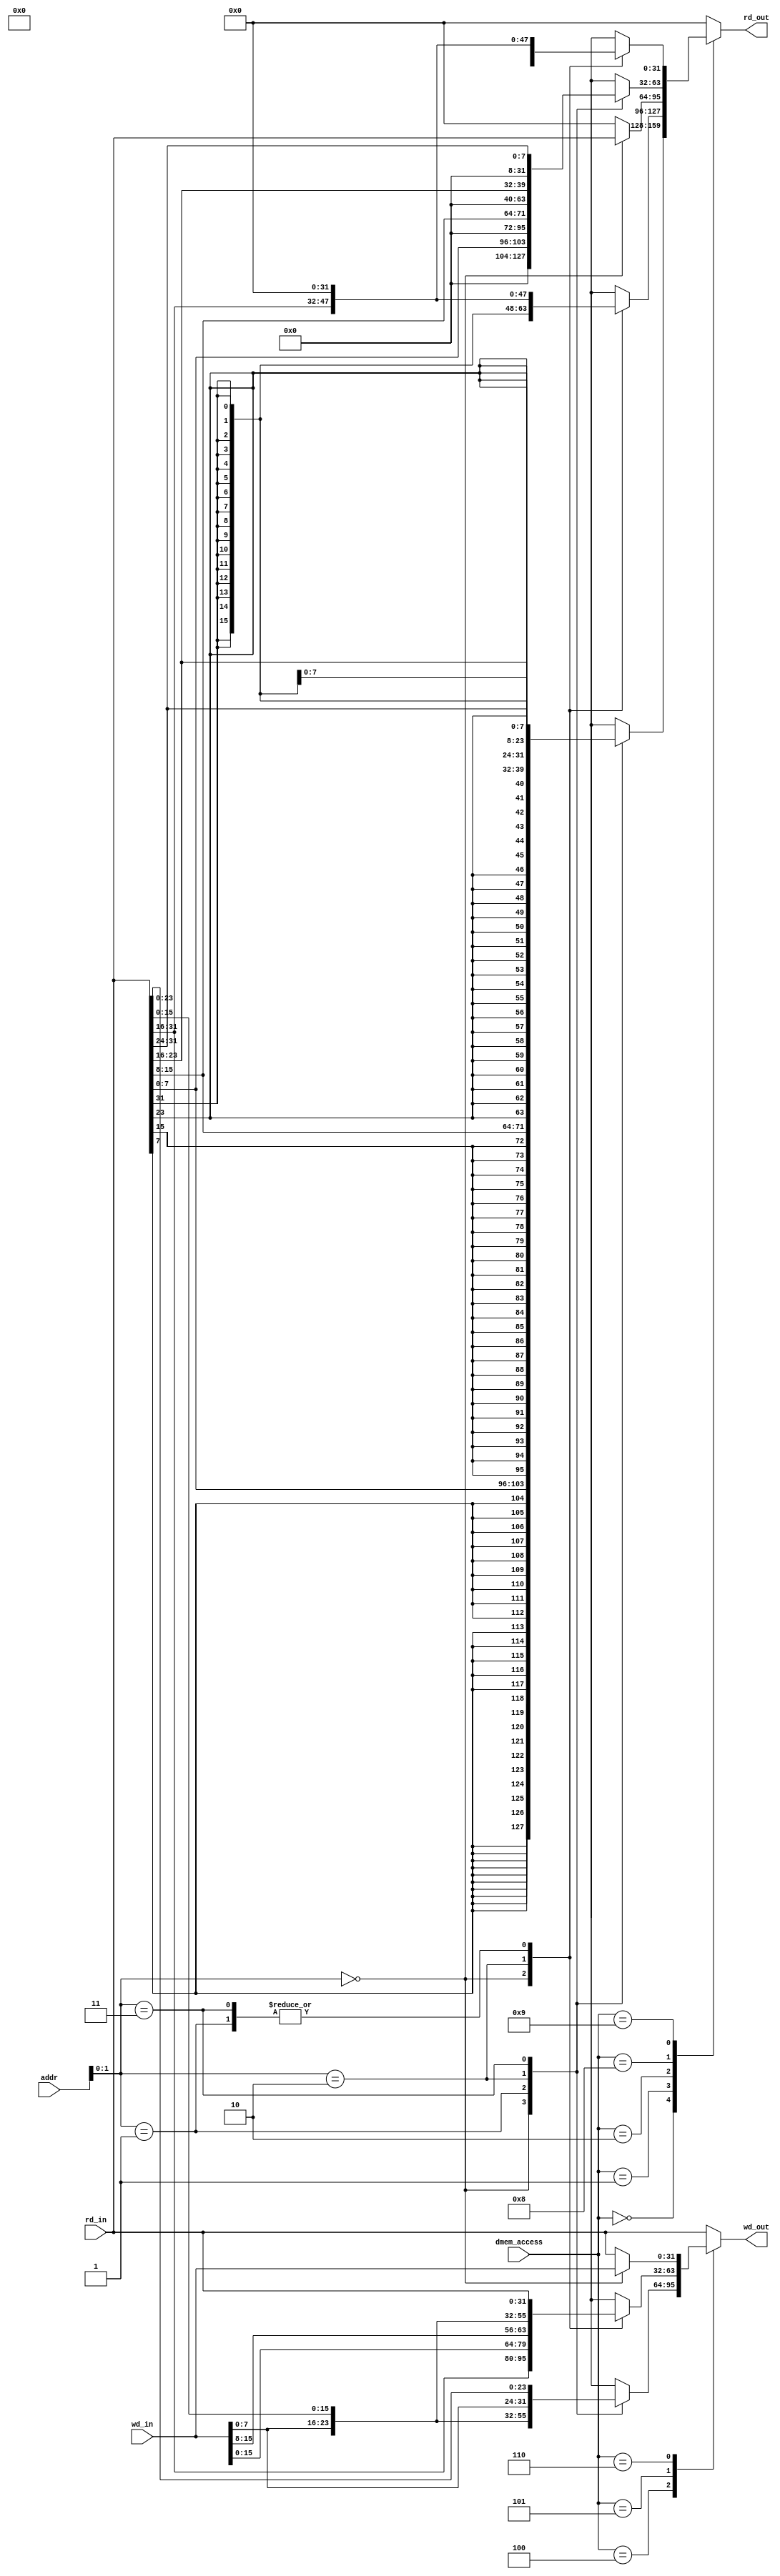
`define LD_B_D    4'b0000
`define LD_H_D    4'b0001
`define LD_W_D    4'b0010
`define ST_B_D    4'b0100
`define ST_H_D    4'b0101
`define ST_W_D    4'b0110
`define LD_BU_D   4'b1000
`define LD_HU_D   4'b1001

module SL_UNIT (
    input                   [31 : 0]                addr,
    input                   [ 3 : 0]                dmem_access,

    input                   [31 : 0]                rd_in,
    input                   [31 : 0]                wd_in,

    output      reg         [31 : 0]                rd_out,
    output      reg         [31 : 0]                wd_out
);
    //
    always @(*) begin
        case (dmem_access)
            `LD_B_D: case(addr[1:0])
                2'b00:rd_out = {{24{rd_in[ 7]}},rd_in[ 7: 0]};
                2'b01:rd_out = {{24{rd_in[15]}},rd_in[15: 8]};
                2'b10:rd_out = {{24{rd_in[23]}},rd_in[23:16]};
                2'b11:rd_out = {{24{rd_in[31]}},rd_in[31:24]};
            endcase
            `LD_H_D: case(addr[1:0])
                2'b00:rd_out = {{16{rd_in[15]}},rd_in[15: 0]};
                2'b01:rd_out = 32'b0;
                2'b10:rd_out = {{16{rd_in[31]}},rd_in[31:16]};
                2'b11:rd_out = 32'b0;
            endcase
            `LD_W_D: rd_out = (addr[1:0]==2'b0)?rd_in:32'b0;
            `LD_BU_D: case(addr[1:0])
                2'b00:rd_out = {24'b0,rd_in[ 7: 0]};
                2'b01:rd_out = {24'b0,rd_in[15: 8]};
                2'b10:rd_out = {24'b0,rd_in[23:16]};
                2'b11:rd_out = {24'b0,rd_in[31:24]};
            endcase
            `LD_HU_D: case(addr[1:0])
                2'b00:rd_out = {16'b0,rd_in[15: 0]};
                2'b01:rd_out = 32'b0;
                2'b10:rd_out = {16'b0,rd_in[31:16]};
                2'b11:rd_out = 32'b0;
            endcase
            default: rd_out = 32'b0;
        endcase
    end
    //
    always @(*)begin
        case(dmem_access)
            `ST_B_D: case(addr[1:0])
                2'b00:wd_out = {rd_in[31: 8],wd_in[ 7: 0]};
                2'b01:wd_out = {rd_in[31:16],wd_in[ 7: 0],rd_in[ 7: 0]};
                2'b10:wd_out = {rd_in[31:24],wd_in[ 7: 0],rd_in[15: 0]};
                2'b11:wd_out = {wd_in[ 7: 0],rd_in[23: 0]};
            endcase
            `ST_H_D: case(addr[1:0])
                2'b00:wd_out = {rd_in[31:16],wd_in[15: 0]};
                2'b01:wd_out = rd_in;
                2'b10:wd_out = {wd_in[15: 0],rd_in[15: 0]};
                2'b11:wd_out = rd_in;
            endcase
            `ST_W_D: wd_out = (addr[1:0]==2'b0)?wd_in:rd_in;
            default: wd_out = rd_in;
        endcase
    end

endmodule